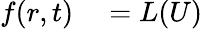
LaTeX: \begin{array}{rl}{f(r,t)}&{{}=L(U)}\end{array}